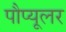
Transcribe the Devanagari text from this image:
पौप्यूलर